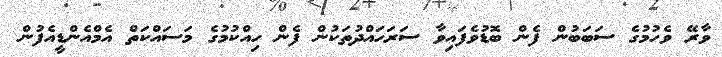
ވާރޭ ވެހުމުގެ ސަބަބުން ފެން ބޮޑުވެފައިވާ ސަރަހައްދުތަކުން ފެން ހިއްކުމުގެ މަސައްކަތް އެމްއެންޑީއެފުން